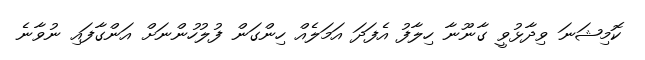
ކޮމިޝަނަ ވިދާޅުވީ ގާނޫނާ ހިލާފު އެފަދަ އަމަލެއް ހިންގަން ފުލުހުންނަށް އަންގާފައި ނުވާނެ